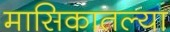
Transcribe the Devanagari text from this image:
मासिकातल्या